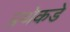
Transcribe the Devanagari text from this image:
प्रथेकडे